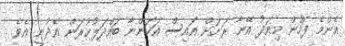
އެންމެ ފަހުން މިއަދު އޭނާ ރަށަށް އައިސް އަހަންނާ ބައްދަލުކުރަން އެދުނީ އެވެ.